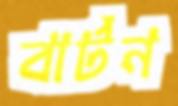
বার্টন